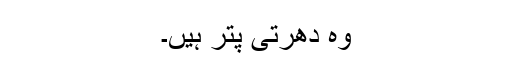
وہ دھرتی پتر ہیں۔